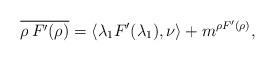
LaTeX: \begin{align*}\overline{\rho\, F'(\rho)} = \langle \lambda_1 F'(\lambda_1),\nu\rangle + m^{\rho F'(\rho)},\end{align*}